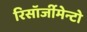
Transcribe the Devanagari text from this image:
रिसॉर्जीमेन्टो